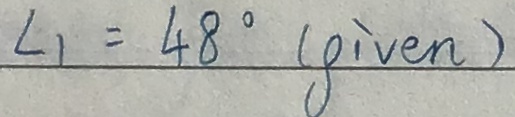
\angle _ { 1 } = 4 8 ^ { \circ } ( g i v e n )